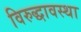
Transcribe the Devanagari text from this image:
विरुद्धावस्था